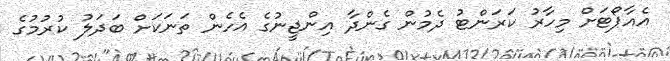
އެއާޕޯޓަށް މިހާރު ކަރަންޓު ދެމުން ގެންދާ އިންޖީނުގެ އެހެން ތަނަކަށް ބަދަލު ކުރުމުގެ